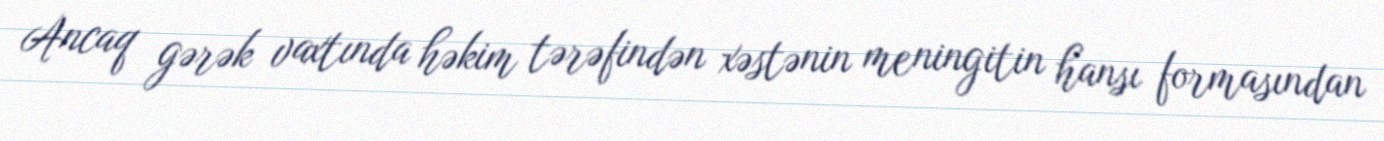
Ancaq gərək vaxtında həkim tərəfindən xəstənin meningitin hansı formasından